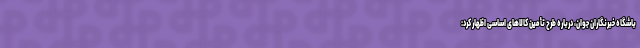
باشگاه خبرنگاران جوان، درباره طرح تأمین کالا‌های اساسی اظهار کرد: